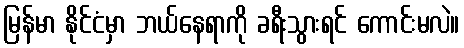
မြန်မာ နိုင်ငံမှာ ဘယ်နေရာကို ခရီးသွားရင် ကောင်းမလဲ။